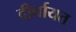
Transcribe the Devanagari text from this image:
दीर्घायत